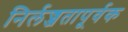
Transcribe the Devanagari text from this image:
निर्लज्जतापूर्वक